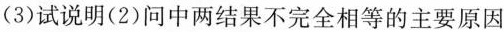
(3)试说明(2)问中两结果不完全相等的主要原因